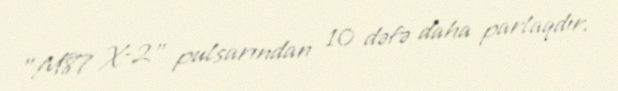
"M87 X-2" pulsarından 10 dəfə daha parlaqdır.